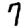
Digit: 7